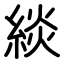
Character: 緂